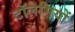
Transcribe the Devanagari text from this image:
टॉलेमियों